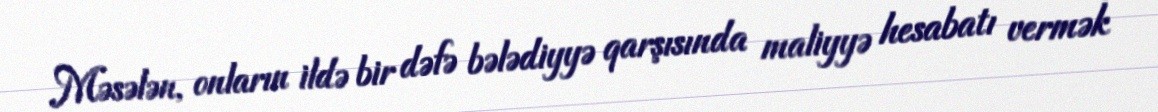
Məsələn, onların ildə bir dəfə bələdiyyə qarşısında maliyyə hesabatı vermək